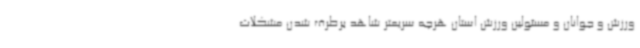
ورزش و جوانان و مسئولین ورزش استان هرچه سریعتر شاهد برطرف شدن مشکلات